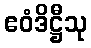
ဧဝံဒိဋ္ဌီသု